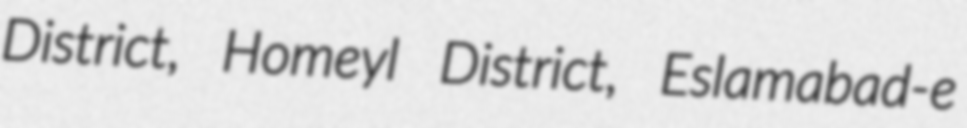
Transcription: District, Homeyl District, Eslamabad-e